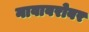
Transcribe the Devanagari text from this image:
नावाबरोबर